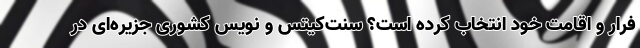
فرار و اقامت خود انتخاب کرده است؟ سنت‌کیتس و نویس کشوری جزیره‌ای در